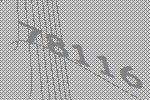
78116